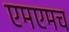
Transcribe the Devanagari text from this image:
एमएमच